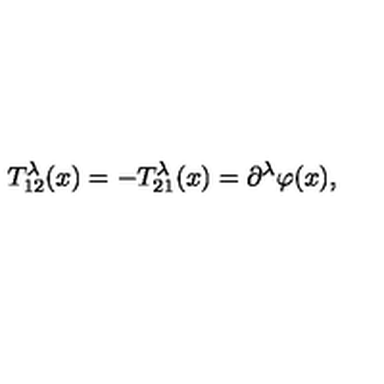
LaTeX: T _ { 1 2 } ^ { \lambda } ( x ) = - T _ { 2 1 } ^ { \lambda } ( x ) = \partial ^ { \lambda } \varphi ( x ) ,